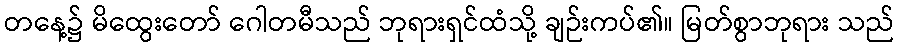
တနေ့၌ မိထွေးတော် ဂေါတမီသည် ဘုရားရှင်ထံသို့ ချဉ်းကပ်၏။ မြတ်စွာဘုရား သည်